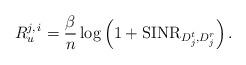
LaTeX: \begin{align*}R_{u}^{j,\,i}=\frac{\beta}{n}\log\left(1+\mathrm{SINR}_{D_{j}^{t},D_{j}^{r}}\right).\end{align*}